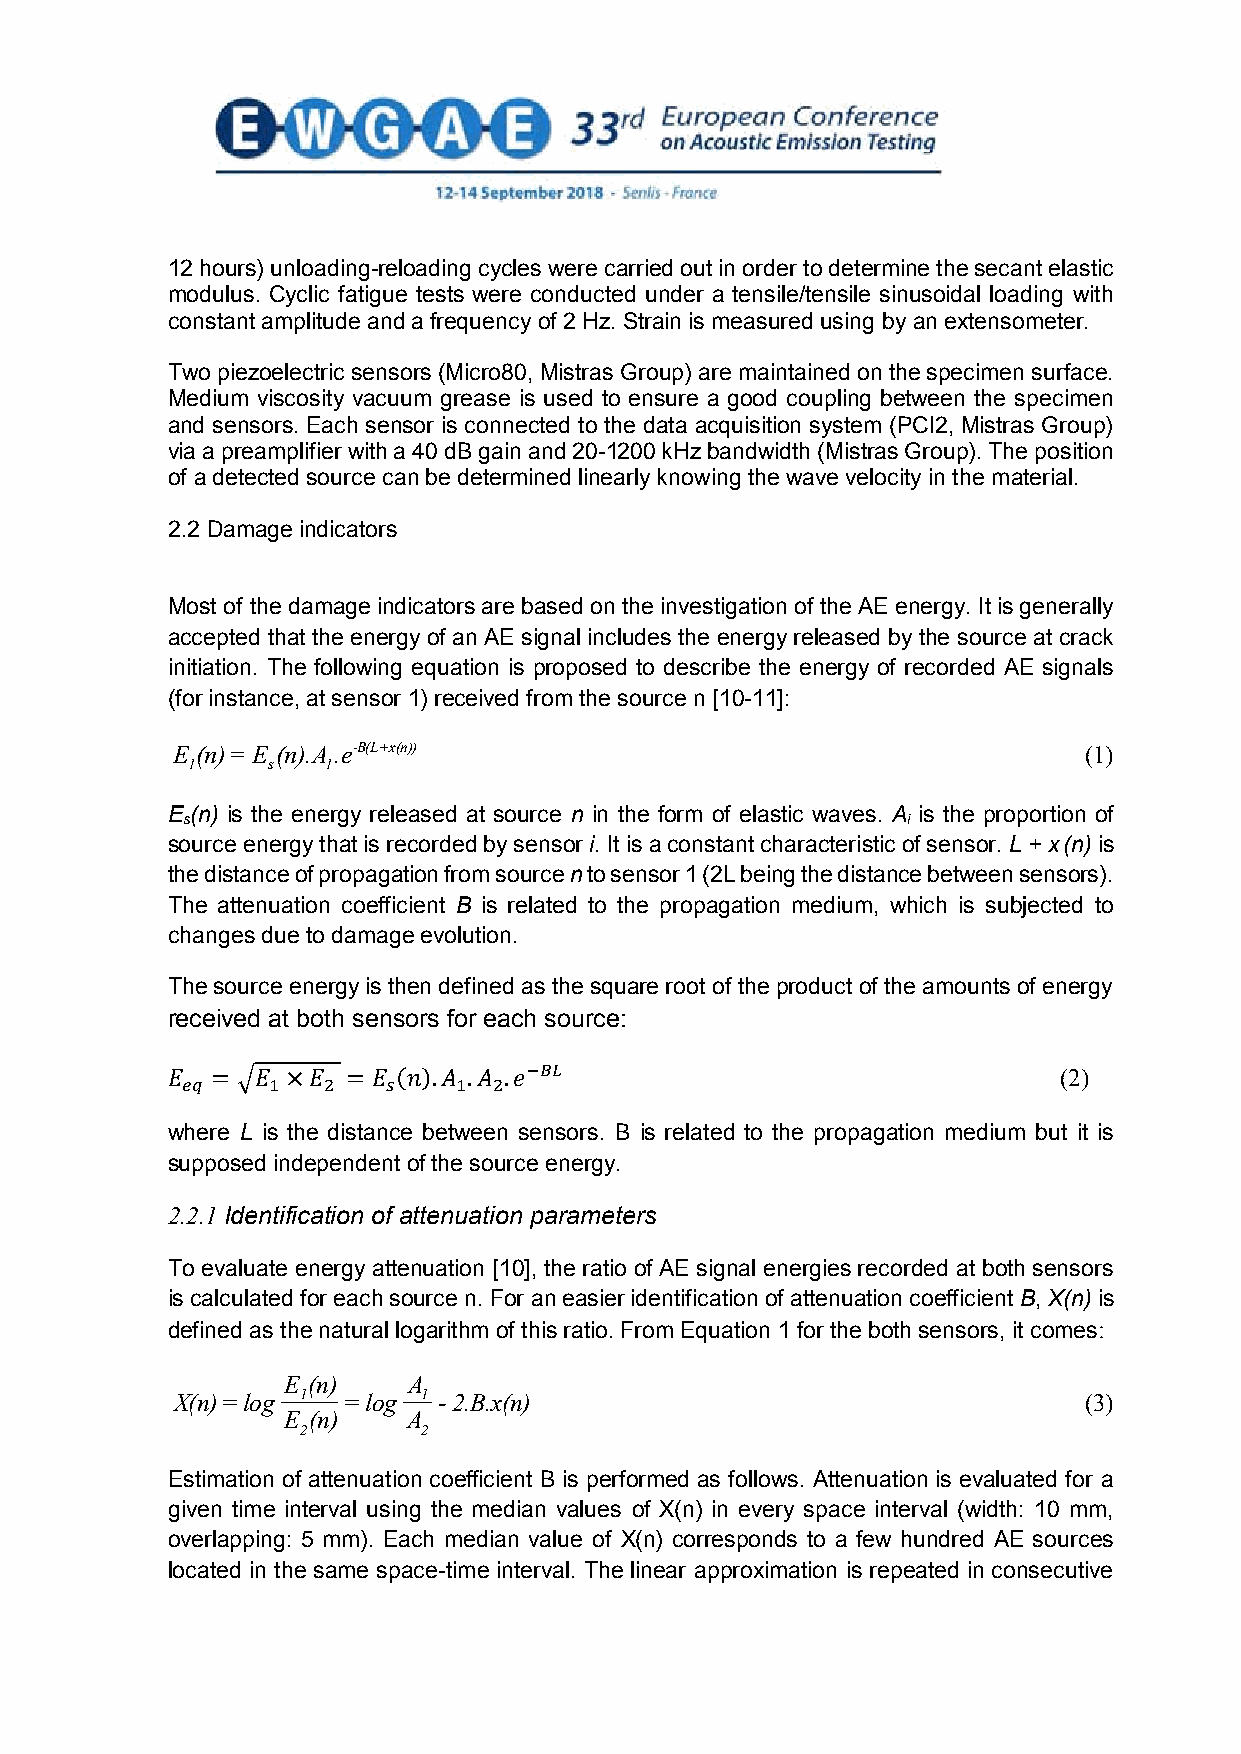
12 hours) unloading-reloading cycles were carried out in order to determine the secant elastic
 modulus. Cyclic fatigue tests were conducted under a tensile/tensile sinusoidal loading with
 constant amplitude and a frequency of 2 Hz. Strain is measured using by an extensometer.
 Two piezoelectric sensors (Micro80, Mistras Group) are maintained on the specimen surface.
 Medium viscosity vacuum grease is used to ensure a good coupling between the specimen
 and sensors. Each sensor is connected to the data acquisition system (PCI2, Mistras Group)
 via a preamplifier with a 40 dB gain and 20-1200 kHz bandwidth (Mistras Group). The position
 of a detected source can be determined linearly knowing the wave velocity in the material.
 2.2 Damage indicators
 Most of the damage indicators are based on the investigation of the AE energy. It is generally
 accepted that the energy of an AE signal includes the energy released by the source at crack
 initiation. The following equation is proposed to describe the energy of recorded AE signals
 (for instance, at sensor 1) received from the source n [10-11]:
 E (n)=E (n).A .e-B(L+x(n))                                   (1)
 1     s  1
 E (n) is the energy released at source n in the form of elastic waves. A is the proportion of
 s                                               i
 source energy that is recorded by sensor i. It is a constant characteristic of sensor. L + x(n) is
 the distance of propagation from source n to sensor 1 (2L being the distance between sensors).
 The attenuation coefficient B is related to the propagation medium, which is subjected to
 changes due to damage evolution.
 The source energy is then defined as the square root of the product of the amounts of energy
 received at both sensors for each source:
 (2)
 −𝐵𝐵𝐵𝐵
 𝐸𝐸w𝑒𝑒 h𝑒𝑒 er=e √L 𝐸𝐸is1 ×the𝐸𝐸 2 d i=sta𝐸𝐸n𝑠𝑠 c(e𝑛𝑛 )b.e𝐴𝐴tw1.e𝐴𝐴e2 n. 𝑒𝑒sensors. B is related to the propagation medium but it is
 supposed independent of the source energy.
 2.2.1 Identification of attenuation parameters
 To evaluate energy attenuation [10], the ratio of AE signal energies recorded at both sensors
 is calculated for each source n. For an easier identification of attenuation coefficient B, X(n) is
 defined as the natural logarithm of this ratio. From Equation 1 for the both sensors, it comes:
 E (n)   A
 X(n)=log 1  =log 1 -2.B.x(n)                                 (3)
 E (n)   A
 2       2
 Estimation of attenuation coefficient B is performed as follows. Attenuation is evaluated for a
 given time interval using the median values of X(n) in every space interval (width: 10 mm,
 overlapping: 5 mm). Each median value of X(n) corresponds to a few hundred AE sources
 located in the same space-time interval. The linear approximation is repeated in consecutive
 3